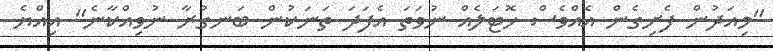
"މިއަދުން ފެށިގެން އެއްވެސް ހޮޓަލެއް ނުވަތަ އެފަދަ ތަނަކުން ބަނގުރާ ނުވިއްކާނެ" އިއްޔެ